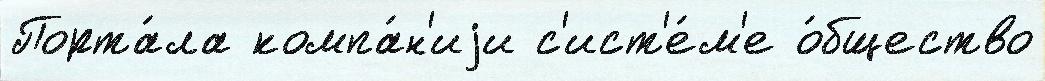
Порта́ла компа́н'иjи с'ист'е́м'е о́бщество